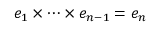
e _ { 1 } \times \cdots \times e _ { n - 1 } = e _ { n }